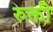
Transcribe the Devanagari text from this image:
रुक्ती